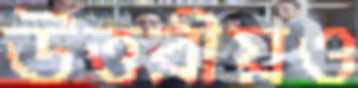
উত্তরীয়ও